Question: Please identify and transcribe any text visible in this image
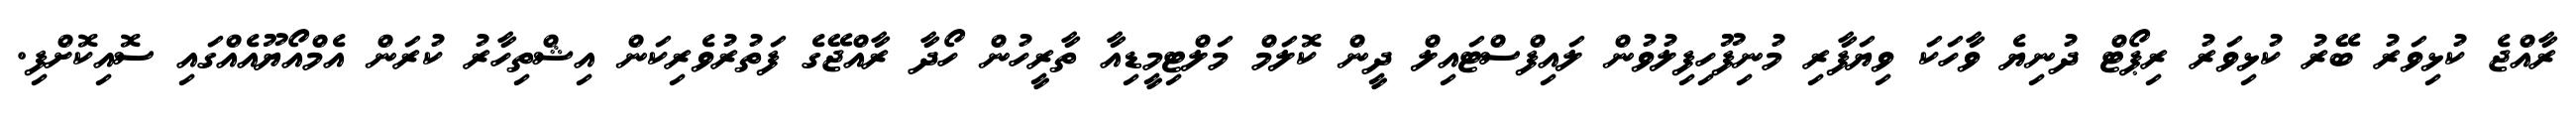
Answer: ރާއްޖެ ކުޅިވަރު ބޭރު ކުޅިވަރު ރިޕޯޓް ދުނިޔެ ވާހަކަ ވިޔަފާރި މުނިފޫހިފިލުވުން ލައިފްސްޓައިލް ދީން ކޮލަމް މަލްޓިމީޑިއާ ތާރީހުން ހޯދާ ރާއްޖޭގެ ފަތުރުވެރިކަން އިޝްތިހާރު ކުރަން އެމްއޯޔޫއެއްގައި ސޮއިކޮށްފި.